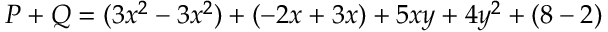
P + Q = ( 3 x ^ { 2 } - 3 x ^ { 2 } ) + ( - 2 x + 3 x ) + 5 x y + 4 y ^ { 2 } + ( 8 - 2 )